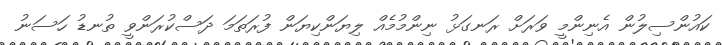
ކައުންސިލުން އެނިންމީ ވަރަށް ރަނގަޅު ނިންމުމެއް ލިޔަންކިޔަން ފުރަތަމަ ދަސްކުރަންވީ ތުނޑު ހަސަނު